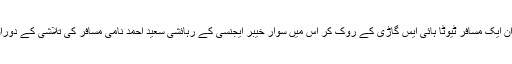
اے این ایف پشاور نے موٹروے ٹول پلازہ پشاور کے قریب کاروائی کے دوران ایک مسافر ٹیوٹا ہائی ایس گاڑی کے روک کر اس میں سوار خیبر ایجنسی کے رہائشی سعید احمد نامی مسافر کی تلاشی کے دوران اس کے جوتوں سے 600 گرام چرس برآمد کر کے ملزم کو گرفتار کر لیا۔